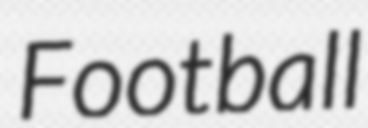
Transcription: Football